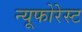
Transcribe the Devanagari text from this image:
न्यूफोरेस्ट